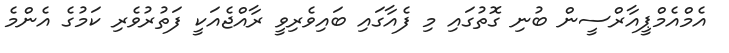
އެމްއެމްޕީއާރްސީން ބުނި ގޮތުގައި މި ފެއާގައި ބައިވެރިވީ ރާއްޖެއަކީ ފަތުރުވެރި ކަމުގެ އެންމެ